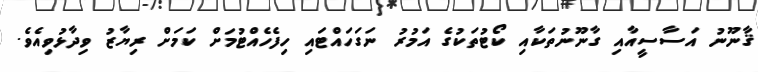
ޤާނޫނު އަސާސީއާއި ގާނޫނުތަކާއި ކޯޓުތަކުގެ އަމުރު ނަގަހައްޓައި ހިފެހެއްޓުމަށް ކަމަށް ރިޔާޒު ވިދާޅުވިއެވެ.